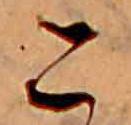
こ